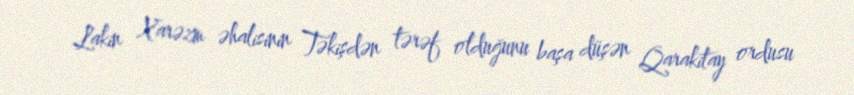
Lakin Xarəzm əhalisinin Təkişdən tərəf olduğunu başa düşən Qarakitay ordusu